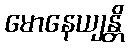
မောနေယျန္တိ